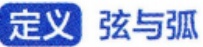
定义 弦与弧